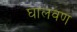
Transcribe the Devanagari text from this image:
घालवण